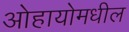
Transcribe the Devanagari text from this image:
ओहायोमधील